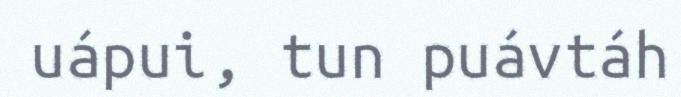
uápui, tun puávtáh